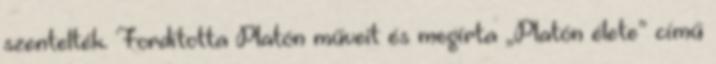
szentelték. Fordította Platón műveit és megírta „Platón élete” című